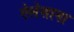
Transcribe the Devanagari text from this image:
ऐलेसाना